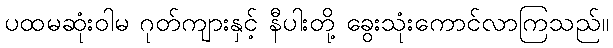
ပထမဆုံးဝါမ ဂုတ်ကျားနှင့် နီပါးတို့ ခွေးသုံးကောင်လာကြသည်။